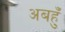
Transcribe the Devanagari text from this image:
अबहुँ